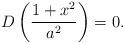
LaTeX: \begin{align*} D\left( {1+x^2 \over a^2}\right) =0. \end{align*}